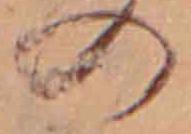
の